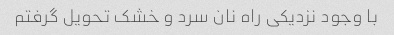
با وجود نزدیکی راه نان سرد و خشک تحویل گرفتم